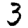
Digit: 3